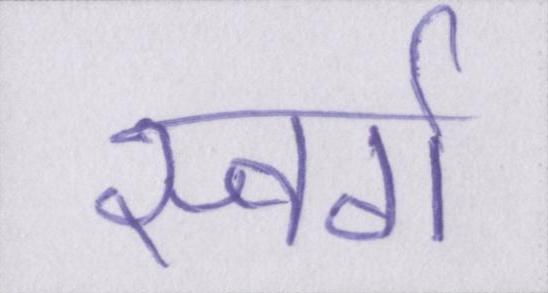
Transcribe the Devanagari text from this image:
स्वर्ग